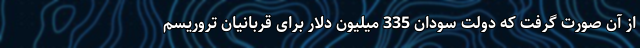
از آن صورت گرفت که دولت سودان 335 میلیون دلار برای قربانیان تروریسم